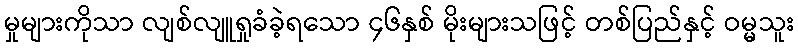
မှုများကိုသာ လျစ်လျူရှုခံခဲ့ရသော ၄၆နှစ် မိုးများသဖြင့် တစ်ပြည်နှင့် ဝမ္မသူး